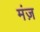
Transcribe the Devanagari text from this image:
मंज़